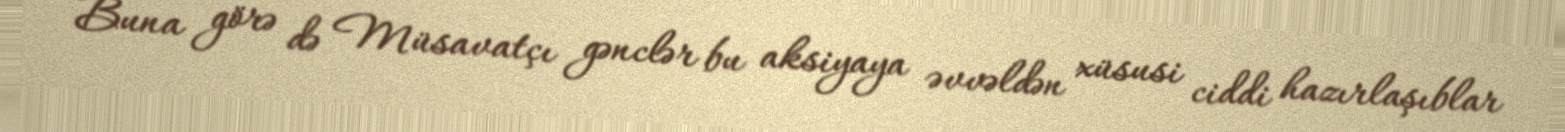
Buna görə də Müsavatçı gənclər bu aksiyaya əvvəldən xüsusi ciddi hazırlaşıblar